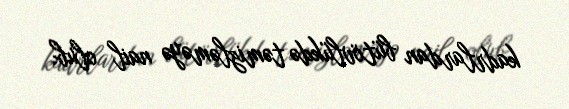
kadrlardan bütövlükdə təmizləməyə nail olub.